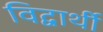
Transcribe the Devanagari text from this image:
विद्वार्थी